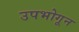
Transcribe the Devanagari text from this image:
उपभोगून